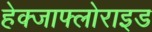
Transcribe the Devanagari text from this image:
हेक्जाफ्लोराइड